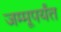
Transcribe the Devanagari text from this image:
जम्मूपर्यंत